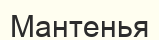
Мантенья